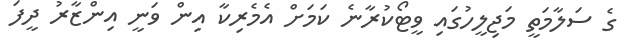
ގެ ސަލާމަތީ މަޖިލީހުގައި ވީޓޯކުރާނެ ކަމަށް އެމެރިކާ އިން ވަނީ އިންޒާރު ދީފަ